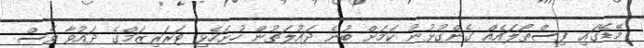
މޭޑޭގައި ފިސްތޯލައެއް ގެންގުޅުނު ކަމަށް ބުނެ ދައުލަތުން ހުށަހެޅި ޓަރަރިޒަމްގެ ދައުވާ ވެސް